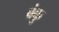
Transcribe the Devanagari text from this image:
बंकु